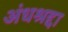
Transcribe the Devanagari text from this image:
अंधश्रद्दा